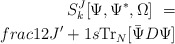
\begin{align*}S^J_k [\Psi ,\Psi^* ,\Omega ] \ =\\frac{1}{2J'+1} s{\rm Tr}_N [{\bar \Psi} D \Psi ]\end{align*}